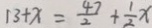
1 3 + x = \frac { 4 7 } { 2 } + \frac { 1 } { 2 } x